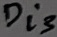
Text: Di3